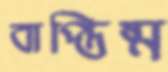
বাপ্তিষ্ম